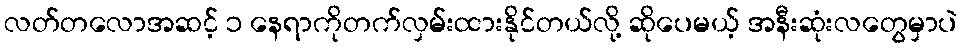
လတ်တလောအဆင့် ၁ နေရာကိုတက်လှမ်းထားနိုင်တယ်လို့ ဆိုပေမယ့် အနီးဆုံးလတွေမှာပဲ